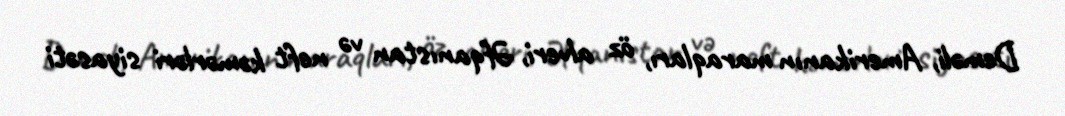
Deməli, Amerikanın maraqları, öz alveri, Əfqanıstan və neft kəmərləri siyasəti